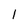
Character: l